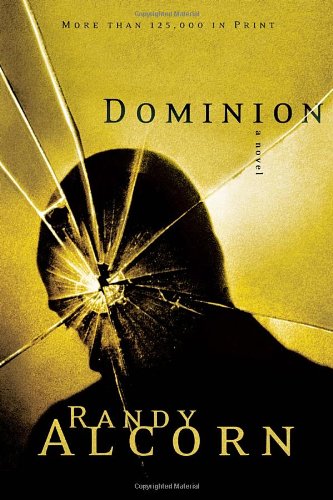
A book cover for Dominion (Ollie Chandler, Book 2); Randy Alcorn; Religion & Spirituality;